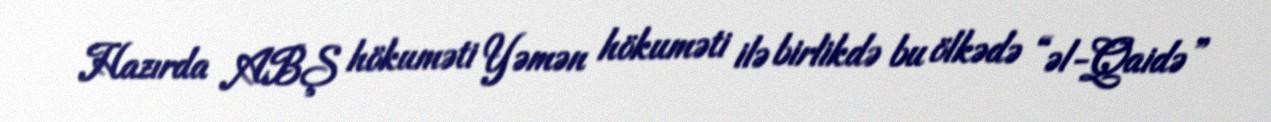
Hazırda ABŞ hökuməti Yəmən hökuməti ilə birlikdə bu ölkədə “əl-Qaidə”